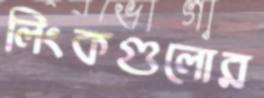
লিংকগুলোর